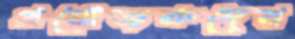
প্রযোজকদের